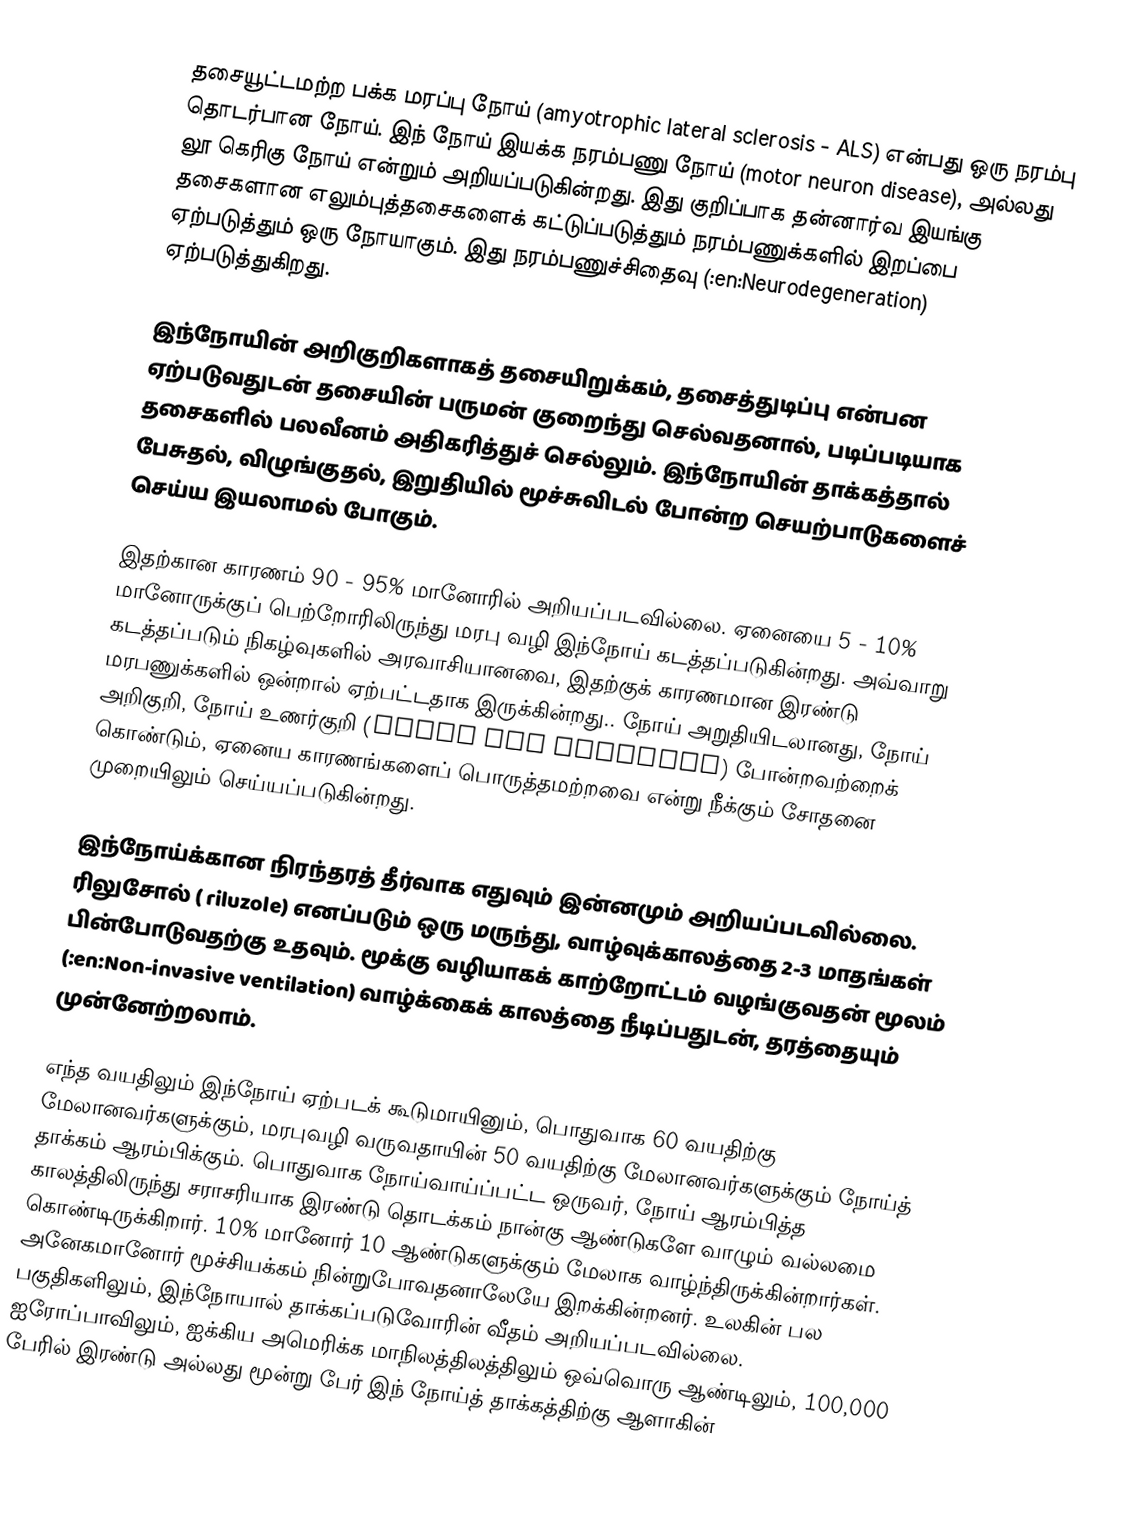
தசையூட்டமற்ற பக்க மரப்பு நோய் (amyotrophic lateral sclerosis - ALS) என்பது ஒரு நரம்பு தொடர்பான நோய். இந் நோய் இயக்க நரம்பணு நோய் (motor neuron disease), அல்லது லூ கெரிகு நோய் என்றும் அறியப்படுகின்றது. இது குறிப்பாக தன்னார்வ இயங்கு தசைகளான எலும்புத்தசைகளைக் கட்டுப்படுத்தும் நரம்பணுக்களில் இறப்பை ஏற்படுத்தும் ஒரு நோயாகும். இது நரம்பணுச்சிதைவு (:en:Neurodegeneration) ஏற்படுத்துகிறது.

இந்நோயின் அறிகுறிகளாகத் தசையிறுக்கம், தசைத்துடிப்பு என்பன ஏற்படுவதுடன் தசையின் பருமன் குறைந்து செல்வதனால், படிப்படியாக தசைகளில் பலவீனம் அதிகரித்துச் செல்லும். இந்நோயின் தாக்கத்தால் பேசுதல், விழுங்குதல், இறுதியில் மூச்சுவிடல் போன்ற செயற்பாடுகளைச் செய்ய இயலாமல் போகும்.

இதற்கான காரணம் 90 - 95% மானோரில் அறியப்படவில்லை. ஏனையை 5 - 10% மானோருக்குப் பெற்றோரிலிருந்து மரபு வழி இந்நோய் கடத்தப்படுகின்றது. அவ்வாறு கடத்தப்படும் நிகழ்வுகளில் அரவாசியானவை, இதற்குக் காரணமான இரண்டு மரபணுக்களில் ஒன்றால் ஏற்பட்டதாக இருக்கின்றது.. நோய் அறுதியிடலானது, நோய் அறிகுறி, நோய் உணர்குறி (Signs and Symptoms) போன்றவற்றைக் கொண்டும், ஏனைய காரணங்களைப் பொருத்தமற்றவை என்று நீக்கும் சோதனை முறையிலும் செய்யப்படுகின்றது.

இந்நோய்க்கான நிரந்தரத் தீர்வாக எதுவும் இன்னமும் அறியப்படவில்லை. ரிலுசோல் ( riluzole) எனப்படும் ஒரு மருந்து, வாழ்வுக்காலத்தை 2-3 மாதங்கள் பின்போடுவதற்கு உதவும். மூக்கு வழியாகக் காற்றோட்டம் வழங்குவதன் மூலம் (:en:Non-invasive ventilation) வாழ்க்கைக் காலத்தை நீடிப்பதுடன், தரத்தையும் முன்னேற்றலாம்.

எந்த வயதிலும் இந்நோய் ஏற்படக் கூடுமாயினும், பொதுவாக 60 வயதிற்கு மேலானவர்களுக்கும், மரபுவழி வருவதாயின் 50 வயதிற்கு மேலானவர்களுக்கும் நோய்த் தாக்கம் ஆரம்பிக்கும். பொதுவாக நோய்வாய்ப்பட்ட ஒருவர், நோய் ஆரம்பித்த காலத்திலிருந்து சராசரியாக இரண்டு தொடக்கம் நான்கு ஆண்டுகளே வாழும் வல்லமை கொண்டிருக்கிறார். 10% மானோர் 10 ஆண்டுகளுக்கும் மேலாக வாழ்ந்திருக்கின்றார்கள். அனேகமானோர் மூச்சியக்கம் நின்றுபோவதனாலேயே இறக்கின்றனர். உலகின் பல பகுதிகளிலும், இந்நோயால் தாக்கப்படுவோரின் வீதம் அறியப்படவில்லை. ஐரோப்பாவிலும், ஐக்கிய அமெரிக்க மாநிலத்திலத்திலும் ஒவ்வொரு ஆண்டிலும், 100,000 பேரில் இரண்டு அல்லது மூன்று பேர் இந் நோய்த் தாக்கத்திற்கு ஆளாகின்